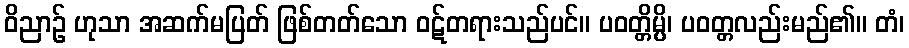
ဝိညာဉ် ဟုသာ အဆက်မပြတ် ဖြစ်တတ်သော ဝဋ်တရားသည်ပင်။ ပဝတ္တိမ္ပိ၊ ပဝတ္တလည်းမည်၏။ တံ၊